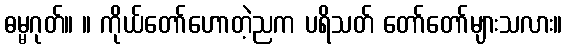
ဓမ္မဂုတ်။ ။ ကိုယ်တော်ဟောတဲ့ညက ပရိသတ် တော်တော်များသလား။